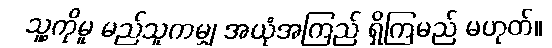
သူ့ကိုမူ မည်သူကမျှ အယုံအကြည် ရှိကြမည် မဟုတ်။